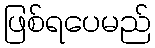
ဖြစ်ရပေမည်